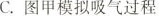
C.图甲模拟吸气过程